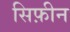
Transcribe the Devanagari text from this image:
सिफ़ीन